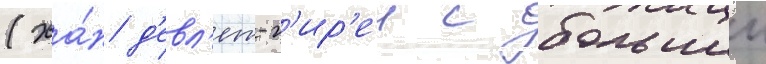
(ха́н д'евл'ет-г'ир'еи с большеи